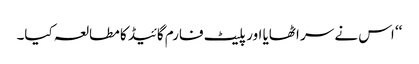
‘‘ اس نے سر اٹھایا اور پلیٹ فارم گائیڈ کا مطالعہ کیا۔